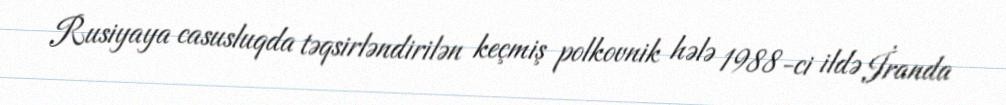
Rusiyaya casusluqda təqsirləndirilən keçmiş polkovnik hələ 1988-ci ildə İranda